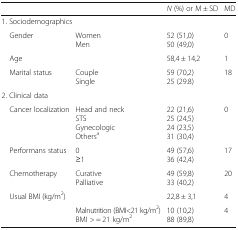
<table><thead><tr><td></td><td></td><td><b><i>N</i> (%) or M ± SD</b></td><td><b>MD</b></td></tr></thead><tbody><tr><td colspan="4">1. Sociodemographics</td></tr><tr><td> Gender</td><td>WomenMen</td><td>52 (51,0)50 (49,0)</td><td>0</td></tr><tr><td> Age</td><td></td><td>58,4 ± 14,2</td><td>1</td></tr><tr><td> Marital status</td><td>CoupleSingle</td><td>59 (70,2)25 (29.8)</td><td>18</td></tr><tr><td colspan="4">2. Clinical data</td></tr><tr><td> Cancer localization</td><td>Head and neckSTSGynecologicOthers<sup>a</sup></td><td>22 (21,6)25 (24,5)24 (23,5)31 (30,4)</td><td>0</td></tr><tr><td> Performans status</td><td>0≥1</td><td>49 (57,6)36 (42,4)</td><td>17</td></tr><tr><td> Chemotherapy</td><td>CurativePalliative</td><td>49 (59,8)33 (40,2)</td><td>20</td></tr><tr><td> Usual BMI (kg/m<sup>2</sup>)</td><td></td><td>22,8 ± 3,1</td><td>4</td></tr><tr><td></td><td>Malnutrition (BMI&lt;21 kg/m<sup>2</sup>)BMI &gt; = 21 kg/m<sup>2</sup></td><td>10 (10,2)88 (89,8)</td><td>4</td></tr></tbody></table>